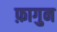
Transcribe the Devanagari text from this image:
फ़ागुन